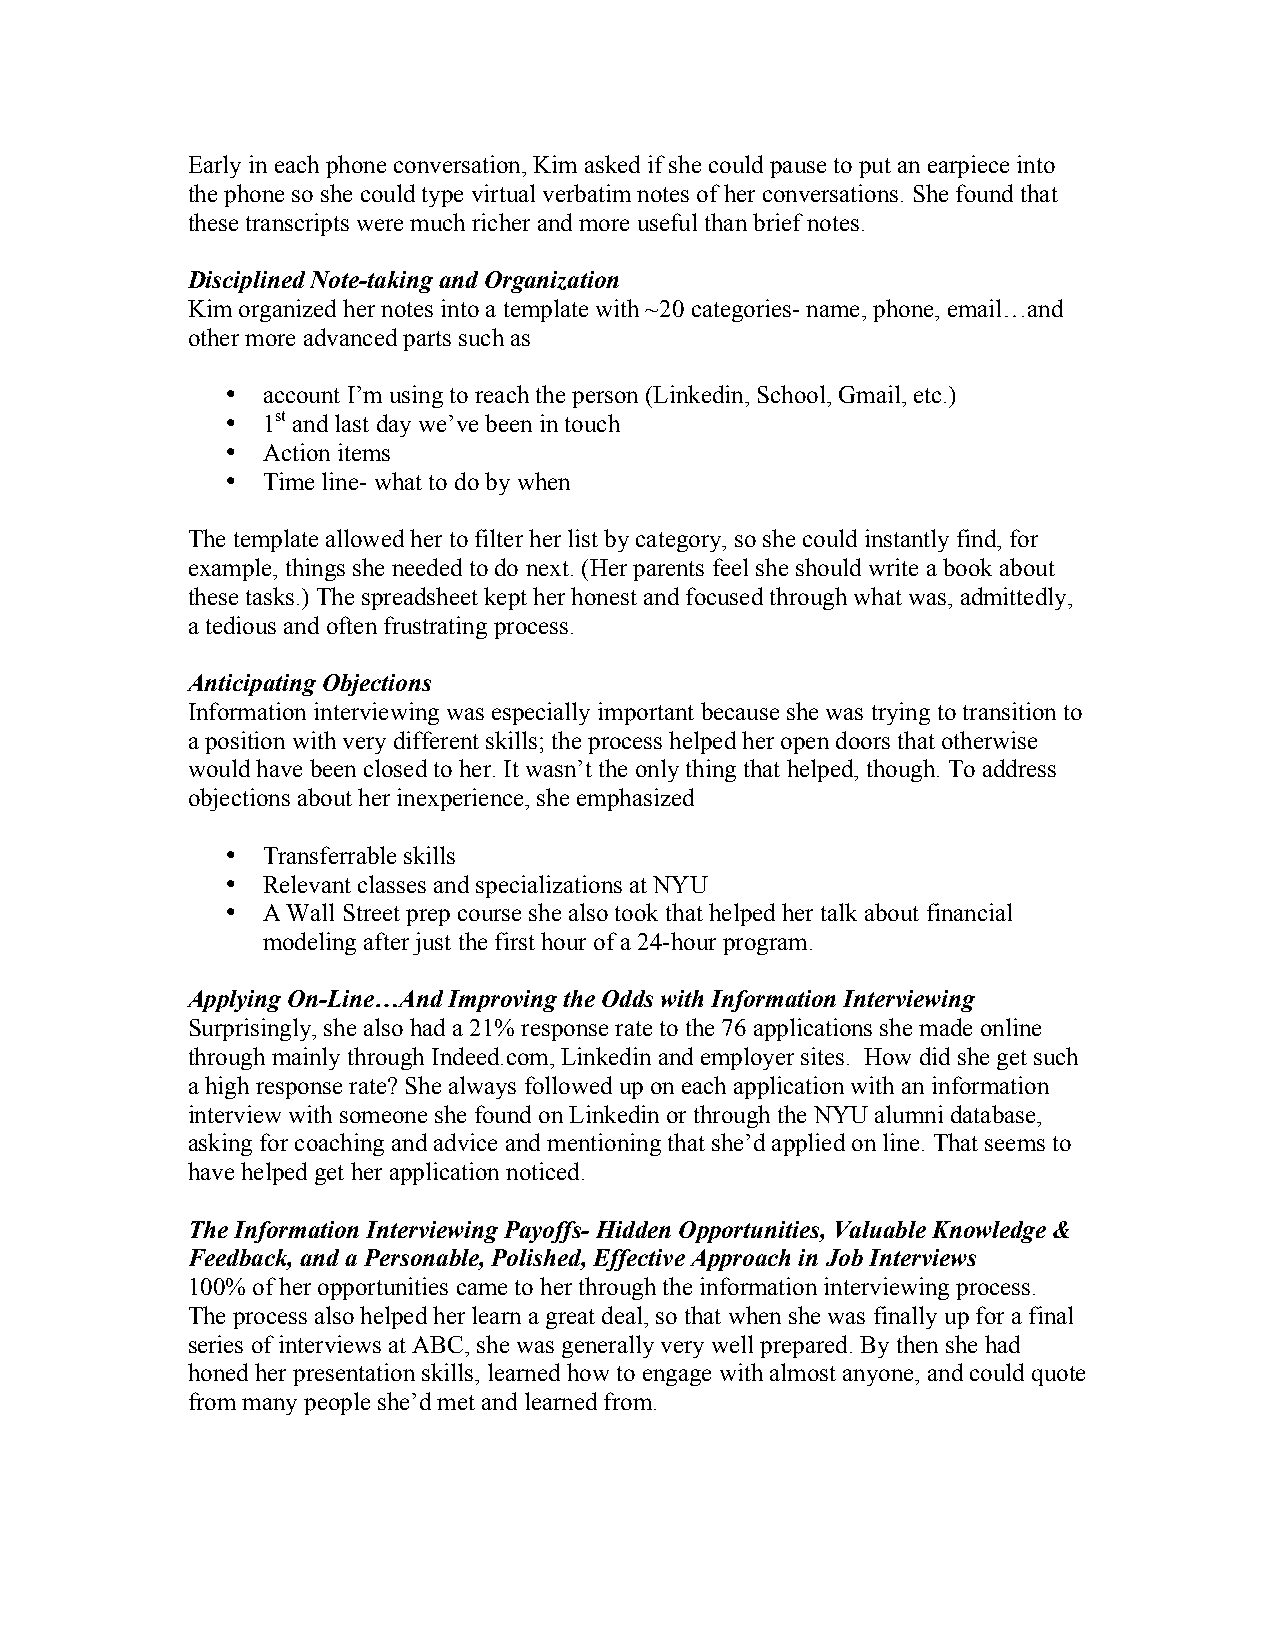
Early in each phone conversation, Kim asked if she could pause to put an earpiece into
 the phone so she could type virtual verbatim notes of her conversations. She found that
 these transcripts were much richer and more useful than brief notes.
 Disciplined Note-taking and Organization
 Kim organized her notes into a template with ~20 categories- name, phone, email…and
 other more advanced parts such as
 • account I’m using to reach the person (Linkedin, School, Gmail, etc.)
 • 1st and last day we’ve been in touch
 • Action items
 • Time line- what to do by when
 The template allowed her to filter her list by category, so she could instantly find, for
 example, things she needed to do next. (Her parents feel she should write a book about
 these tasks.) The spreadsheet kept her honest and focused through what was, admittedly,
 a tedious and often frustrating process.
 Anticipating Objections
 Information interviewing was especially important because she was trying to transition to
 a position with very different skills; the process helped her open doors that otherwise
 would have been closed to her. It wasn’t the only thing that helped, though. To address
 objections about her inexperience, she emphasized
 • Transferrable skills
 • Relevant classes and specializations at NYU
 • A Wall Street prep course she also took that helped her talk about financial
 modeling after just the first hour of a 24-hour program.
 Applying On-Line…And Improving the Odds with Information Interviewing
 Surprisingly, she also had a 21% response rate to the 76 applications she made online
 through mainly through Indeed.com, Linkedin and employer sites. How did she get such
 a high response rate? She always followed up on each application with an information
 interview with someone she found on Linkedin or through the NYU alumni database,
 asking for coaching and advice and mentioning that she’d applied on line. That seems to
 have helped get her application noticed.
 The Information Interviewing Payoffs- Hidden Opportunities, Valuable Knowledge &
 Feedback, and a Personable, Polished, Effective Approach in Job Interviews
 100% of her opportunities came to her through the information interviewing process.
 The process also helped her learn a great deal, so that when she was finally up for a final
 series of interviews at ABC, she was generally very well prepared. By then she had
 honed her presentation skills, learned how to engage with almost anyone, and could quote
 from many people she’d met and learned from.